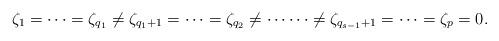
LaTeX: \begin{align*}\zeta_1 = \cdots = \zeta_{q_1} \neq \zeta_{q_1 +1} = \cdots = \zeta_{q_2} \neq \cdots \cdots \neq \zeta_{q_{s-1} + 1} = \cdots = \zeta_{p} = 0.\end{align*}